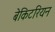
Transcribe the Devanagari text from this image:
बेकिटरियन